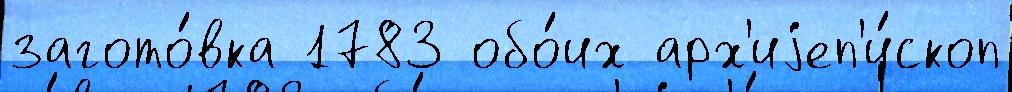
загото́вка 1783 обо́их арх'иjеп'и́скоп